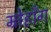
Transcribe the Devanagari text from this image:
म्रोहाँग